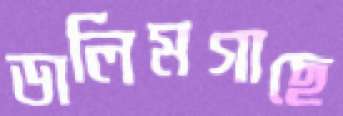
ডালিমগাছে